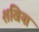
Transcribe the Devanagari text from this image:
शंखिया